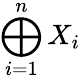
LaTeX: \bigoplus_{i=1}^{n}X_{i}